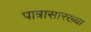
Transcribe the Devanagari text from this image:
पात्रासारख्या